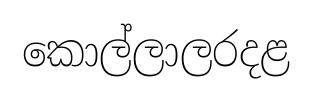
කොල්ලාලරදළ